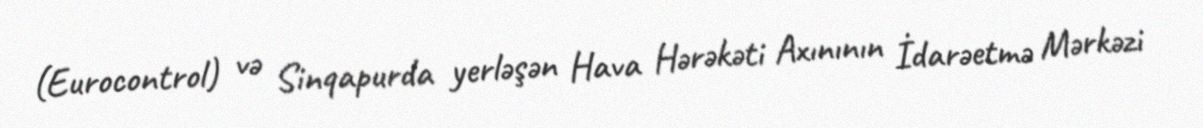
(Eurocontrol) və Sinqapurda yerləşən Hava Hərəkəti Axınının İdarəetmə Mərkəzi